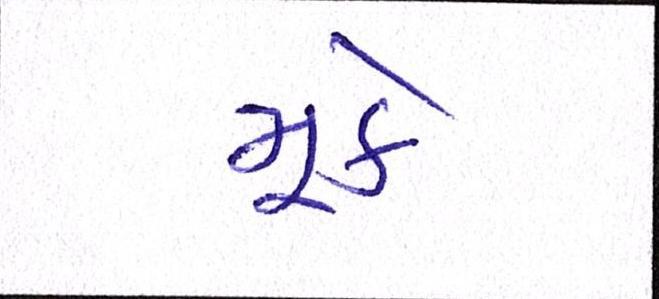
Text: મૂકે